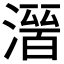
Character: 𭲒